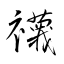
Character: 襪